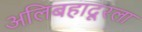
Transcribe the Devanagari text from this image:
अलिबहादूरला